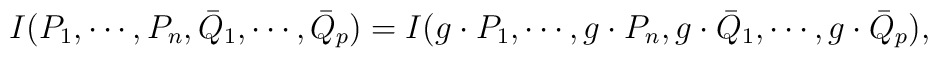
I( P_1,\cdots,P_n, {\bar Q}_1,\cdots, {\bar Q}_p) =	I(g\cdot P_1,\cdots,g\cdot P_n, g\cdot {\bar Q}_1,\cdots, g\cdot{\bar Q}_p),